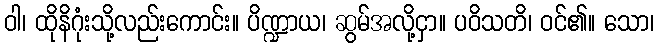
ဝါ၊ ထိုနိဂုံးသို့လည်းကောင်း။ ပိဏ္ဍာယ၊ ဆွမ်အလို့ငှာ။ ပဝိသတိ၊ ဝင်၏။ သော၊